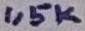
Text: 1,5K